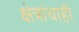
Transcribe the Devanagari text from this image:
क्षेत्रांचाही